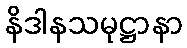
နိဒါနသမုဋ္ဌာနာ